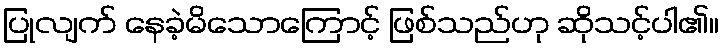
ပြုလျက် နေခဲ့မိသောကြောင့် ဖြစ်သည်ဟု ဆိုသင့်ပါ၏။